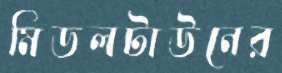
মিডলটাউনের